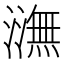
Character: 㶃